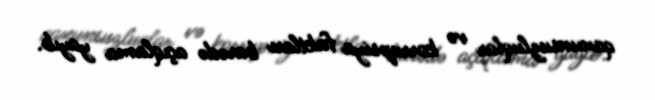
qanunsuzluqlar və korrupsiya faktları barədə açıqlama yayıb.